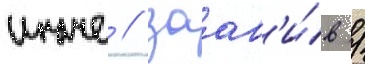
иначе / заав'и́в /